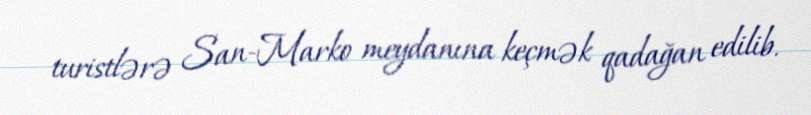
turistlərə San-Marko meydanına keçmək qadağan edilib.